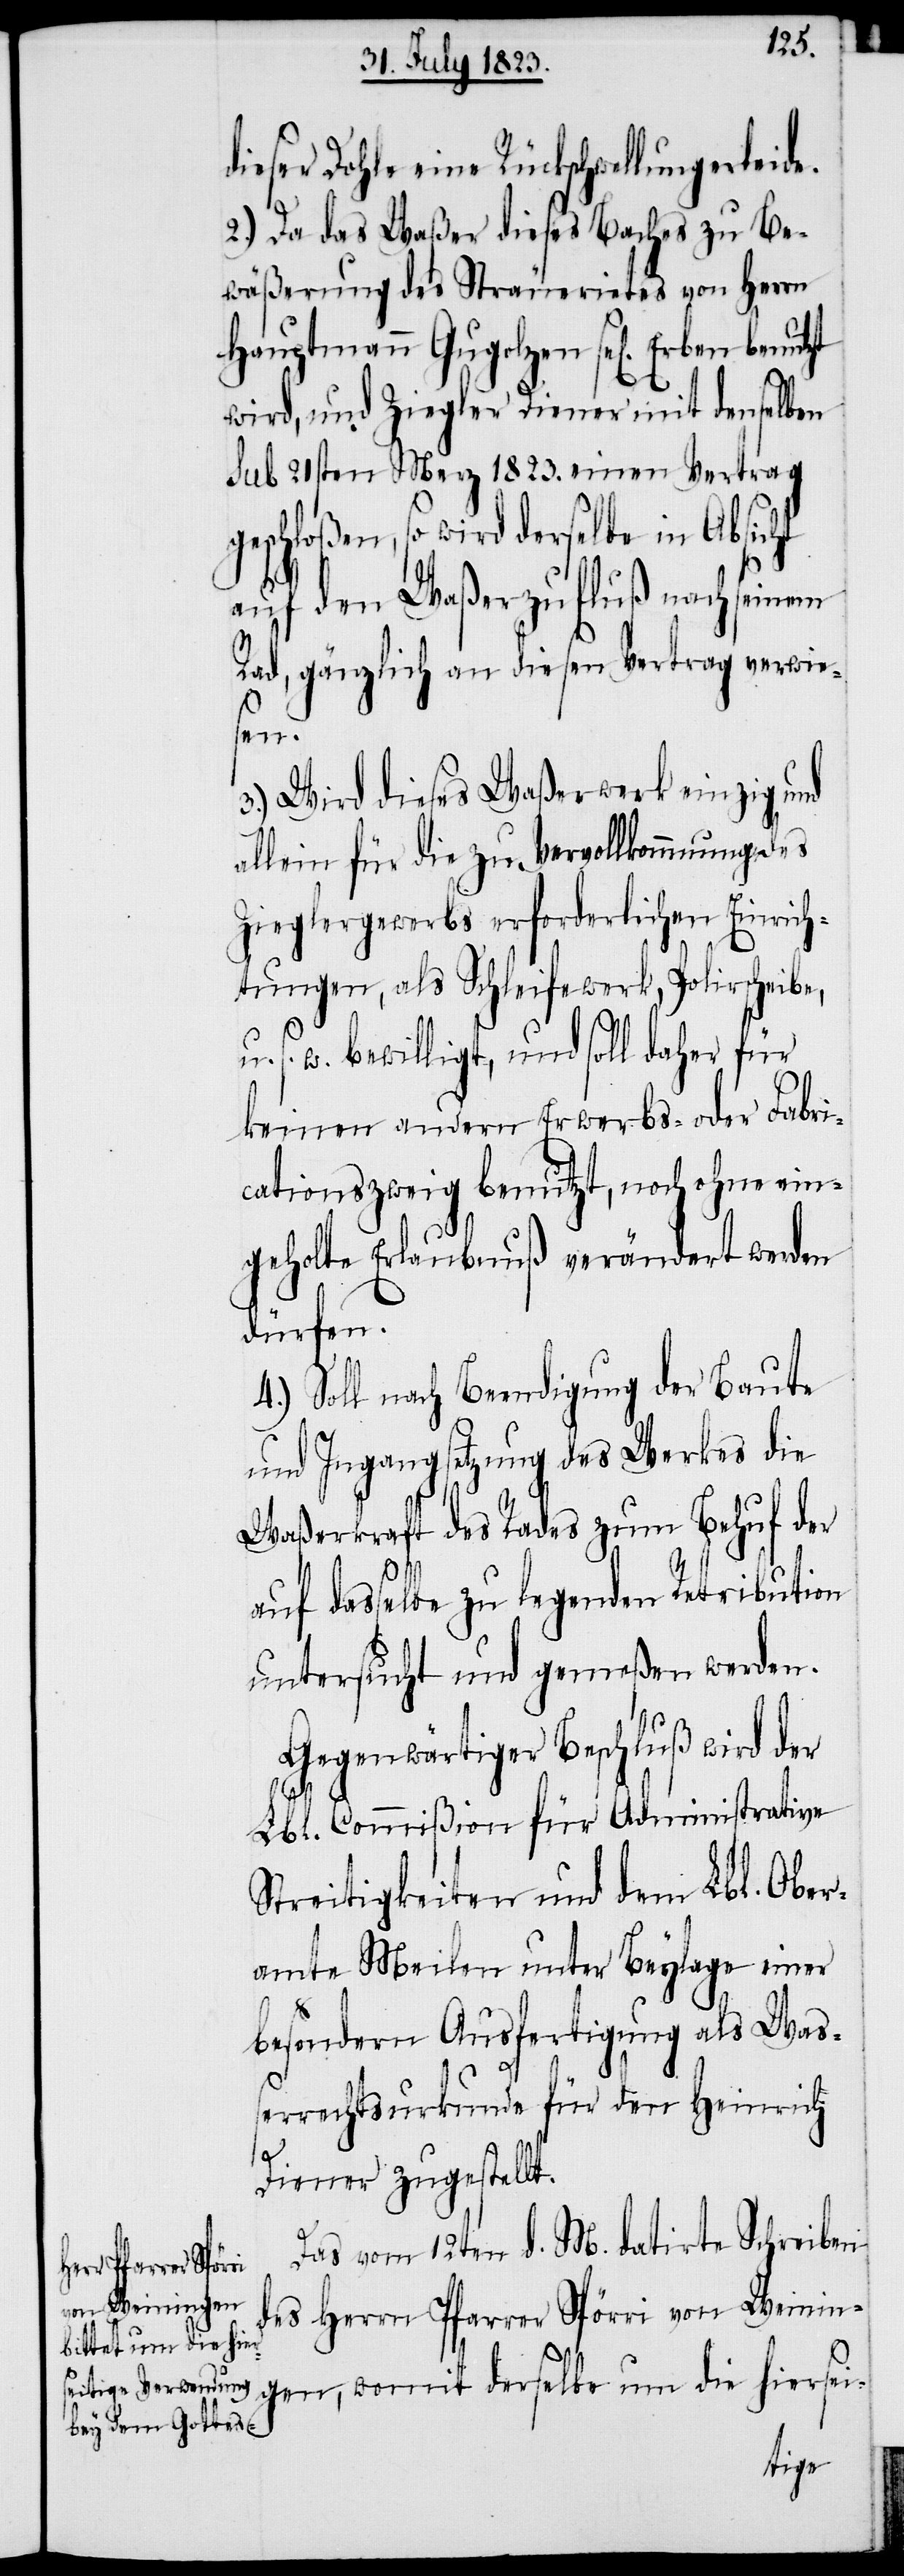
dieser Dohle Rückschwellung erleide.
2.) Da das Waßer dieses Baches zu Be¬
wäßerung des Sträuerietes von Herrn
Hauptmann Gugolzen sel[ig] Erben
wird, und Ziegler Diener mit denselben
sub 21sten Merz 1823. einen Vertrag
geschloßen, so wird derselbe in Absicht
auf den Waßerzufluß nach seinem
Rad, gänzlich an diesen Vertrag verwie¬
sen.
3.) Wird dieses Waßerwerk einzig und
allein für die zu Vervollkommnung des
Zieglergewerbs erforderlichen Einrich¬
tungen, als Schleifewerk, Polirscheibe,
s. w. bewilligt, und soll daher für
keinen andern Erwerbs- oder Fabri¬
cationszweig benutzt, noch ohne ein¬
geholte Erlaubnuß verändert werden
dürfen.
4.) Soll nach Beendigung der Baute
und Ingangsetzung des Werkes die
Waßerkraft des Rades zum Behuf der
auf dasselbe zu legenden Retribution
untersucht und gemeßen werden.
Gegenwärtiger Beschluß wird der
Lbl. Commißion für Administrative
Streitigkeiten und dem Lbl. Ober¬
amte Meilen unter Beylage einer
besondern Ausfertigung als Waß¬
errechtsurkunde für den Heinrich
Diener zugestellt.
Das vom 12ten d. M. datirte Schreiben
des Herrn Pfarrer Spörri von Weinin¬
gen, womit derselbe um die hiersei-